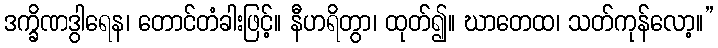
ဒက္ခိဏဒွါရေန၊ တောင်တံခါးဖြင့်။ နီဟရိတွာ၊ ထုတ်၍။ ဃာတေထ၊ သတ်ကုန်လော့။”